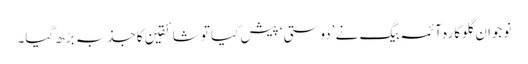
نوجوان گلوکارہ آئمہ بیگ نے ’دوستی‘ پیش کیا تو شائقین کا جذبہ بڑھ گیا۔